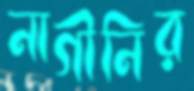
নাগীনির